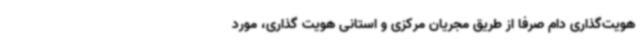
هویت‌گذاری دام صرفاً از طریق مجریان مرکزی و استانی هویت گذاری، مورد